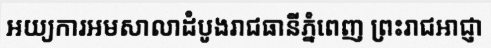
អយ្យការអមសាលាដំបូងរាជធានីភ្នំពេញ ព្រះរាជអាជ្ញា